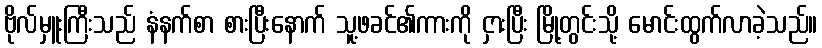
ဗိုလ်မှူးကြီးသည် နံနက်စာ စားပြီးနောက် သူ့ဖခင်၏ကားကို ငှားပြီး မြို့တွင်းသို့ မောင်းထွက်လာခဲ့သည်။